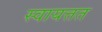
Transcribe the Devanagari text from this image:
स्वायत्तत